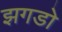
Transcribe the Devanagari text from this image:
झगडो